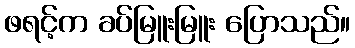
ဖရင့်က ခပ်မြူးမြူး ပြောသည်။